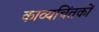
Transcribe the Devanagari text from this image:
काव्यचिंतकों